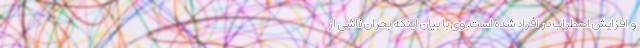
و افزایش اضطراب در افراد شده است. وی با بیان اینکه بحران ناشی از